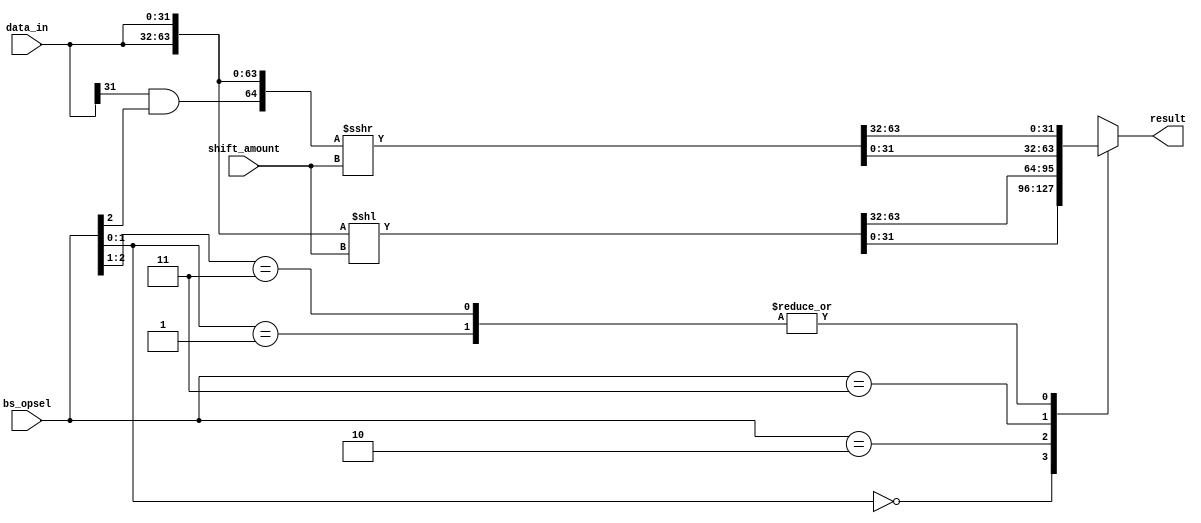
`timescale 1ns/1ps
`define SLL 3'b?00
`define SRL 3'b?01
`define ROL 3'b010
`define ROR 3'b011
`define SRA 3'b11?

module barrel_shifter #(parameter WIDTH = 32) (
input  [WIDTH-1:0] data_in,
input  [2:0]  bs_opsel,
input  [4:0]  shift_amount,
output reg[31:0] result);

wire [63:0] data_mod, data_mod2;
wire arithm, is_arithm_shift;	

assign data_mod = {data_in, data_in} << shift_amount;

assign is_arithm_shift = bs_opsel[2];												   
assign arithm = data_in[31] & is_arithm_shift;										
assign data_mod2 = $signed({arithm, data_in, data_in}) >>> shift_amount;	


always @* begin

	casez(bs_opsel)
		`SRL:  result = data_mod2[63:32];
		`SLL:	 result = data_mod[31:0];
		`ROL:  result = data_mod[63:32];
		`ROR:  result = data_mod2[31:0];
		`SRA:  result = data_mod2[63:32];
	default: result = {WIDTH{1'bz}};
	endcase
end

endmodule